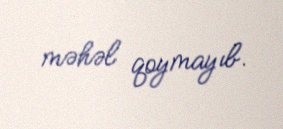
məhəl qoymayıb.